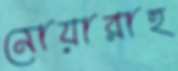
নোয়ারাহ